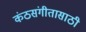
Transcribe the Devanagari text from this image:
कंठसंगीतासाठी